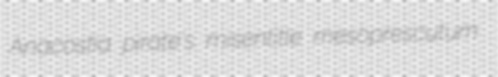
Anacostia pirate's misentitle mesoprescutum